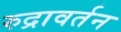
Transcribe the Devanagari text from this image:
रुद्रावर्तन